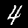
Label: 4